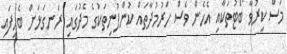
މަސް ކިރުވާ ބޯޓުތަކާއި އެހެން ވެސް ހަރުމުދާތައް ކުންފުނިތަކުގެ މެދުގައި ރަނގަޅަށް ބެހިފައި